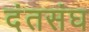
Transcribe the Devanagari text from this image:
दंतसंघ